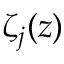
\zeta _ { j } ( z )